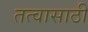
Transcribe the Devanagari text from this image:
तत्वासाठी